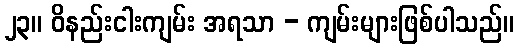
၂၃။ ဝိနည်းငါးကျမ်း အရသာ - ကျမ်းများဖြစ်ပါသည်။